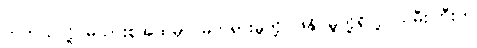
တကယ်လို့ မိသားစုအထဲမှာ မတရားမှုတို့၊ ဖိနှိပ်မှုတို့ရှိလို့ သမီးကြီးက